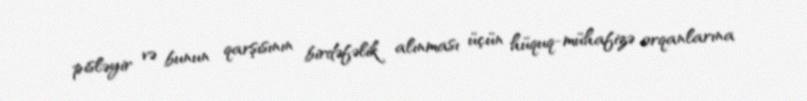
pisləyir və bunun qarşısının birdəfəlik alınması üçün hüquq-mühafizə orqanlarına